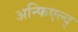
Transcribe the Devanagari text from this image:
अन्फिएल्द्